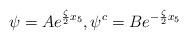
LaTeX: \begin{align*}\psi = A e^{\frac{\zeta}{2} x_5},\psi^c = B e^{-\frac{\zeta}{2} x_5}\end{align*}